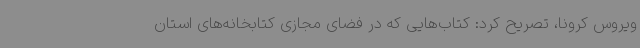
ویروس کرونا، تصریح کرد: کتاب‌هایی که در فضای مجازی کتابخانه‌های استان